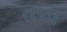
તળા